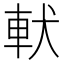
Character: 𲄳